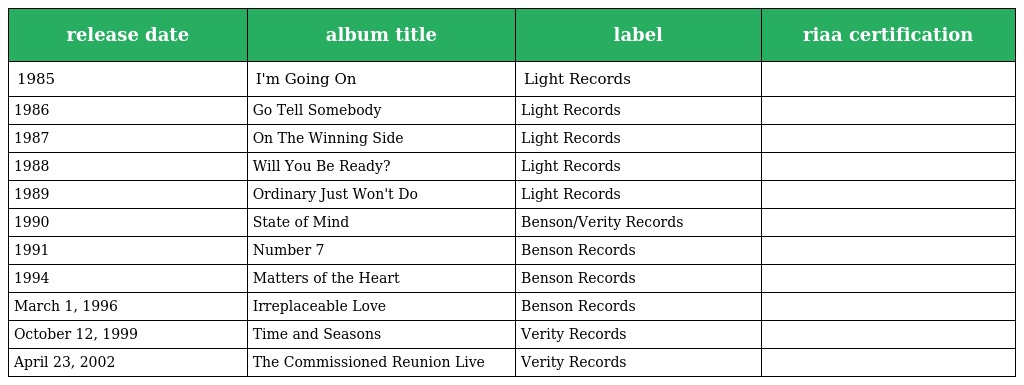
| release date | album title | label | riaa certification |
 | --- | --- | --- | --- |
 | 1985 | I'm Going On | Light Records |  |
 | 1986 | Go Tell Somebody | Light Records |  |
 | 1987 | On The Winning Side | Light Records |  |
 | 1988 | Will You Be Ready? | Light Records |  |
 | 1989 | Ordinary Just Won't Do | Light Records |  |
 | 1990 | State of Mind | Benson/Verity Records |  |
 | 1991 | Number 7 | Benson Records |  |
 | 1994 | Matters of the Heart | Benson Records |  |
 | March 1, 1996 | Irreplaceable Love | Benson Records |  |
 | October 12, 1999 | Time and Seasons | Verity Records |  |
 | April 23, 2002 | The Commissioned Reunion Live | Verity Records |  |